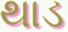
થાડ